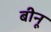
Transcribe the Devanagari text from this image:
बीनू